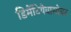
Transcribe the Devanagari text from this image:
डिमेंटियेवासोबत